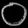
Digit: ၀